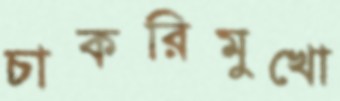
চাকরিমুখো